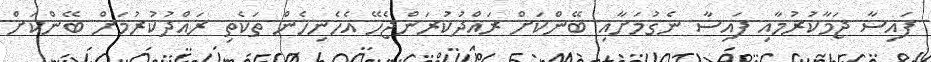
ފައިސާ ޖަމާކުރުމާއި ފައިސާ ނެގުމަށާއި ބޭންކަށް ރައްދުކުރަންޖެހޭ އެހެނިހެން ތަކެތި ރައްދުކުރުމަށް ބޭންކަށް